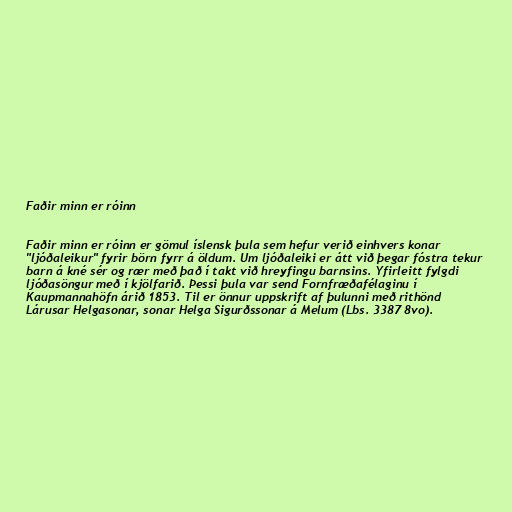
Faðir minn er róinn

Faðir minn er róinn er gömul íslensk þula sem hefur verið einhvers konar
"ljóðaleikur" fyrir börn fyrr á öldum. Um ljóðaleiki er átt við þegar fóstra tekur
barn á kné sér og rær með það í takt við hreyfingu barnsins. Yfirleitt fylgdi
ljóðasöngur með í kjölfarið. Þessi þula var send Fornfræðafélaginu í
Kaupmannahöfn árið 1853. Til er önnur uppskrift af þulunni með rithönd
Lárusar Helgasonar, sonar Helga Sigurðssonar á Melum (Lbs. 3387 8vo).